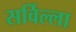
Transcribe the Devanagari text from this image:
सर्विल्ला